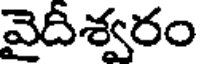
వైదీశ్వరం